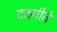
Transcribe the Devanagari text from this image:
दत्तगीते